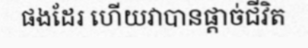
ផងដែរ ហើយវាបានផ្តាច់ជីវិត